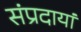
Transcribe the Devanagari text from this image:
संप्रदायां